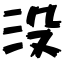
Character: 没